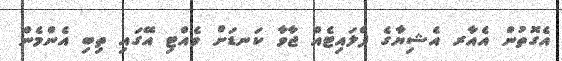
އެގޮތުން އެއާރ އެޝިޔާގެ ފްލައިޓެއް ޖާވާ ކަނޑަށް ވެއްޓި އޭގައި ތިބި އެންމެން